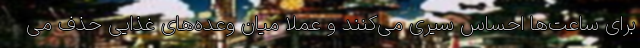
برای ساعت‌ها احساس سیری می‌کنند و عملا میان وعده‌های غذایی حذف می